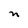
Character: n